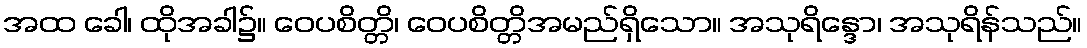
အထ ခေါ၊ ထိုအခါ၌။ ဝေပစိတ္တိ၊ ဝေပစိတ္တိအမည်ရှိသော။ အသုရိန္ဒော၊ အသုရိန်သည်။